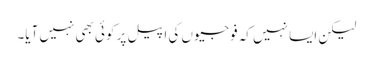
لیکن ایسا نہیں کہ فوجیوں کی اپیل پر کوئی بھی نہیں آیا۔